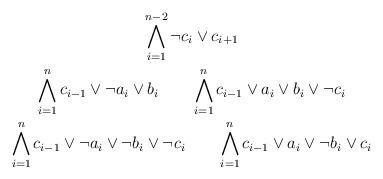
LaTeX: \begin{gather*}\bigwedge_{i=1}^{n-2}\neg c_i\lor c_{i+1}\\\bigwedge_{i=1}^n c_{i-1}\lor\neg a_i\lor b_i\qquad\bigwedge_{i=1}^n c_{i-1}\lor a_i\lor b_i\lor\neg c_i\\\bigwedge_{i=1}^n c_{i-1}\lor\neg a_i\lor\neg b_i\lor\neg c_i\qquad\bigwedge_{i=1}^n c_{i-1}\lor a_i\lor\neg b_i\lor c_i\end{gather*}